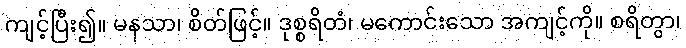
ကျင့်ပြီး၍။ မနသာ၊ စိတ်ဖြင့်။ ဒုစ္စရိတံ၊ မကောင်းသော အကျင့်ကို။ စရိတွာ၊